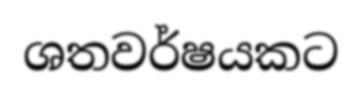
ශතවර්ෂයකට